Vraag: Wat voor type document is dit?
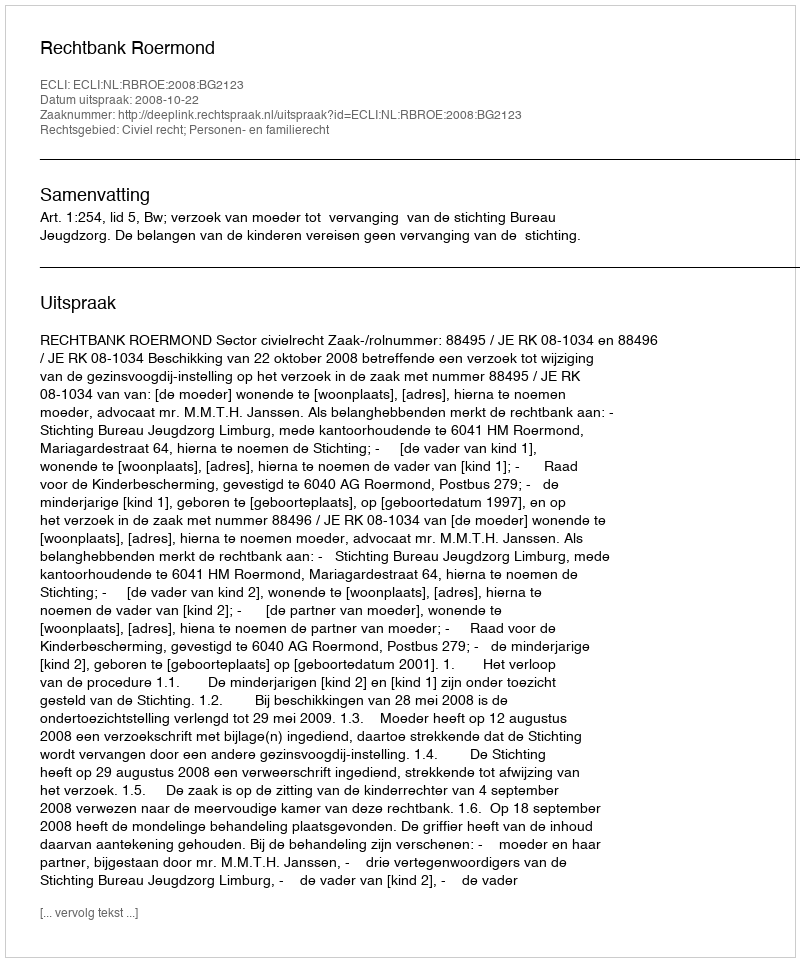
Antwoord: Uitspraak